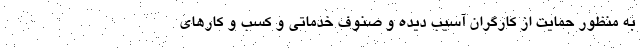
به منظور حمایت از کارگران آسیب دیده و صنوف خدماتی و کسب و کار‌های